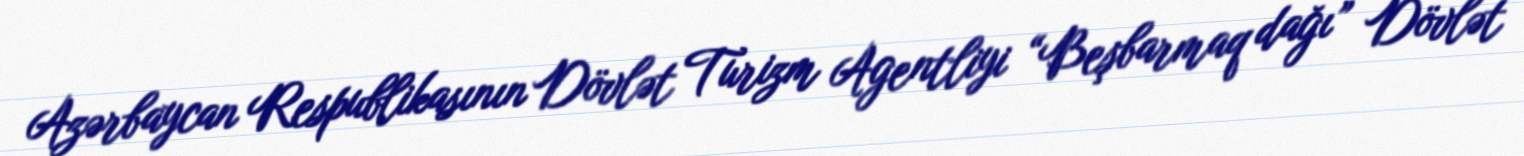
Azərbaycan Respublikasının Dövlət Turizm Agentliyi “Beşbarmaq dağı” Dövlət